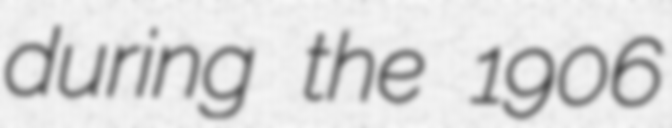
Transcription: during the 1906